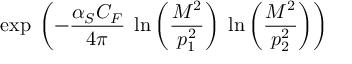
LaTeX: \exp \: \left( - \frac { \alpha _ { S } C _ { F } } { 4 \pi } \; \ln \left( \frac { M ^ { 2 } } { p _ { 1 } ^ { 2 } } \right) \; \ln \left( \frac { M ^ { 2 } } { p _ { 2 } ^ { 2 } } \right) \right)